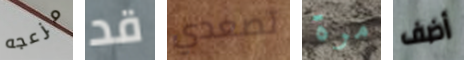
مزعجه قد تصعدي مرة أضف